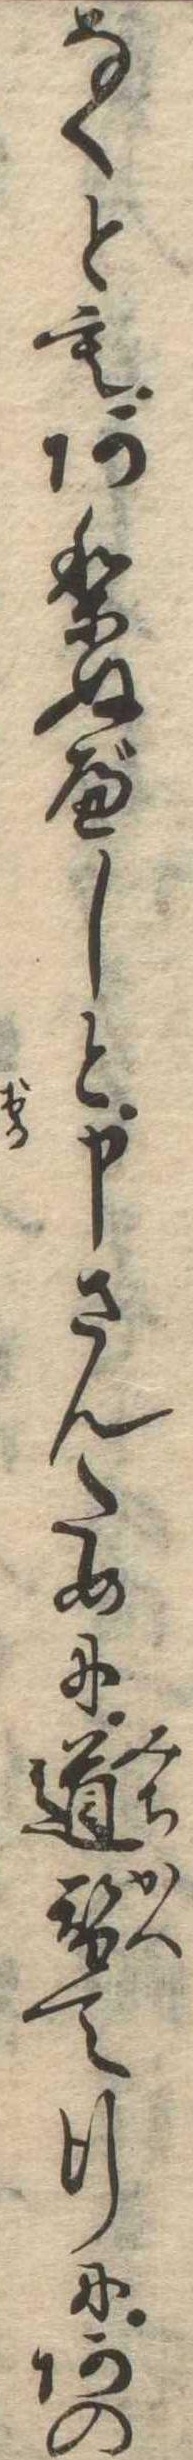
なくともありぬべしと申さんために道替て行にあの